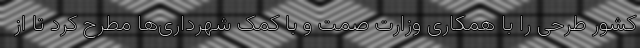
کشور طرحی را با همکاری وزارت صمت و با کمک شهرداری‌ها مطرح کرد تا از